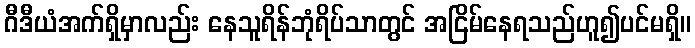
ဂီဒီယံအက်ရှိမှာလည်း နေသူရိန်ဘုံရိပ်သာတွင် အငြိမ်နေရသည်ဟူ၍ပင်မရှိ။